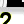
Digit: 2